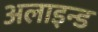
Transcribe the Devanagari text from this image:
अलाइन्ड